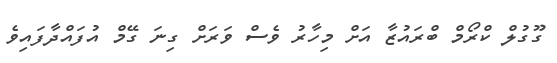
ގޫގުލް ކްރޯމް ބްރައުޒާ އަށް މިހާރު ވެސް ވަރަށް ގިނަ ގޭމް އުފައްދާފައިވެ